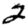
Digit: 2